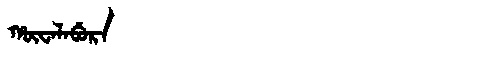
Manchu: ᡥᡡᠸᠠᠯᠠᠪᡠᡵᠠ
Romanization: HŪWALABURA